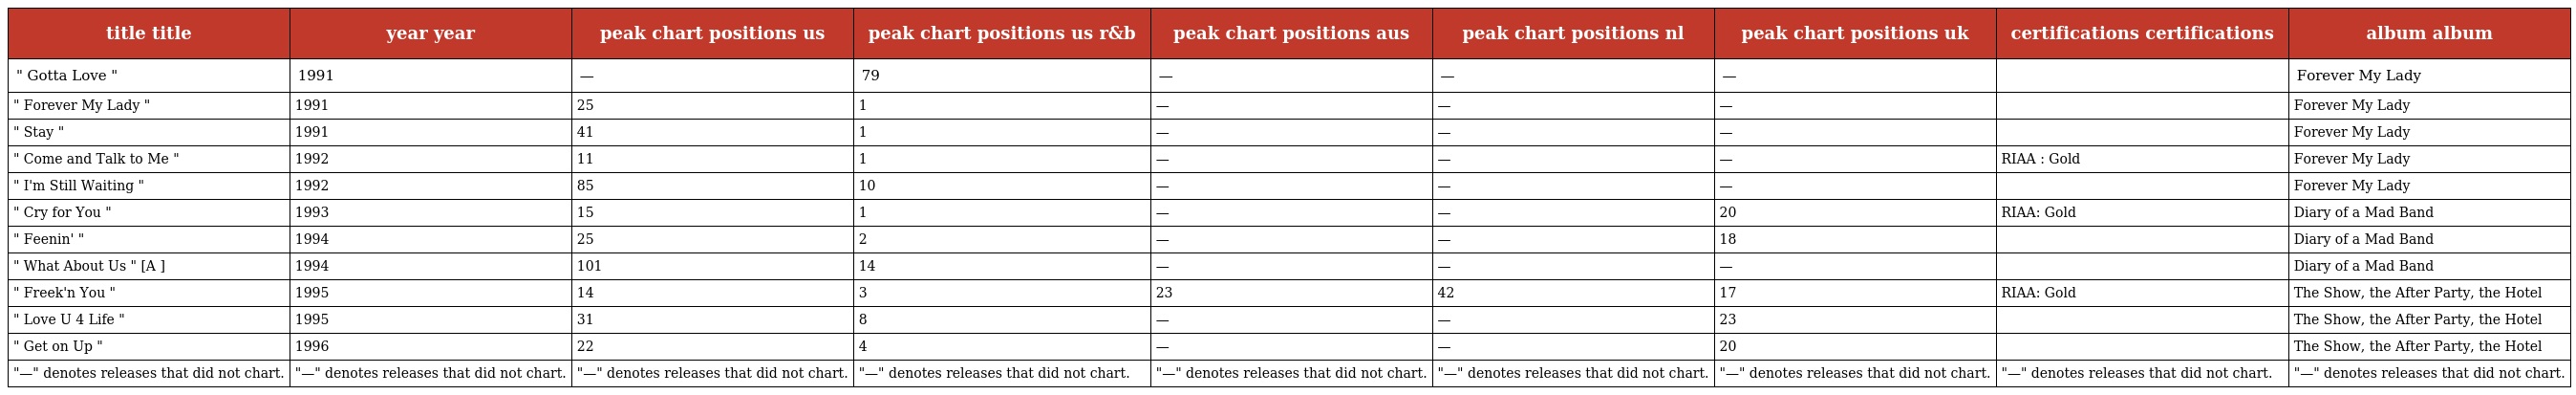
| title title | year year | peak chart positions us | peak chart positions us r&b | peak chart positions aus | peak chart positions nl | peak chart positions uk | certifications certifications | album album |
 | --- | --- | --- | --- | --- | --- | --- | --- | --- |
 | " Gotta Love " | 1991 | — | 79 | — | — | — |  | Forever My Lady |
 | " Forever My Lady " | 1991 | 25 | 1 | — | — | — |  | Forever My Lady |
 | " Stay " | 1991 | 41 | 1 | — | — | — |  | Forever My Lady |
 | " Come and Talk to Me " | 1992 | 11 | 1 | — | — | — | RIAA : Gold | Forever My Lady |
 | " I'm Still Waiting " | 1992 | 85 | 10 | — | — | — |  | Forever My Lady |
 | " Cry for You " | 1993 | 15 | 1 | — | — | 20 | RIAA: Gold | Diary of a Mad Band |
 | " Feenin' " | 1994 | 25 | 2 | — | — | 18 |  | Diary of a Mad Band |
 | " What About Us " [A ] | 1994 | 101 | 14 | — | — | — |  | Diary of a Mad Band |
 | " Freek'n You " | 1995 | 14 | 3 | 23 | 42 | 17 | RIAA: Gold | The Show, the After Party, the Hotel |
 | " Love U 4 Life " | 1995 | 31 | 8 | — | — | 23 |  | The Show, the After Party, the Hotel |
 | " Get on Up " | 1996 | 22 | 4 | — | — | 20 |  | The Show, the After Party, the Hotel |
 | "—" denotes releases that did not chart. | "—" denotes releases that did not chart. | "—" denotes releases that did not chart. | "—" denotes releases that did not chart. | "—" denotes releases that did not chart. | "—" denotes releases that did not chart. | "—" denotes releases that did not chart. | "—" denotes releases that did not chart. | "—" denotes releases that did not chart. |